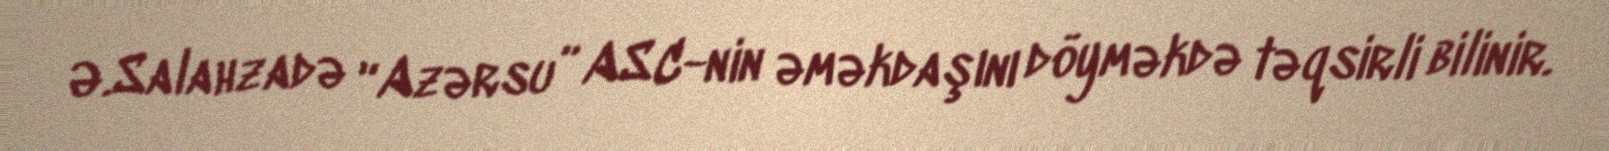
Ə.Salahzadə “Azərsu” ASC-nin əməkdaşını döyməkdə təqsirli bilinir.